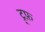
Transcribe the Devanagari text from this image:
ट्र्फ़